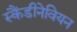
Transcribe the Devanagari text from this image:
स्कैंडीनेवियन